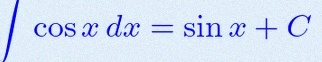
\int \cos x\,dx=\sin x+C